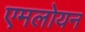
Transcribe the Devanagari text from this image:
एमलोयन